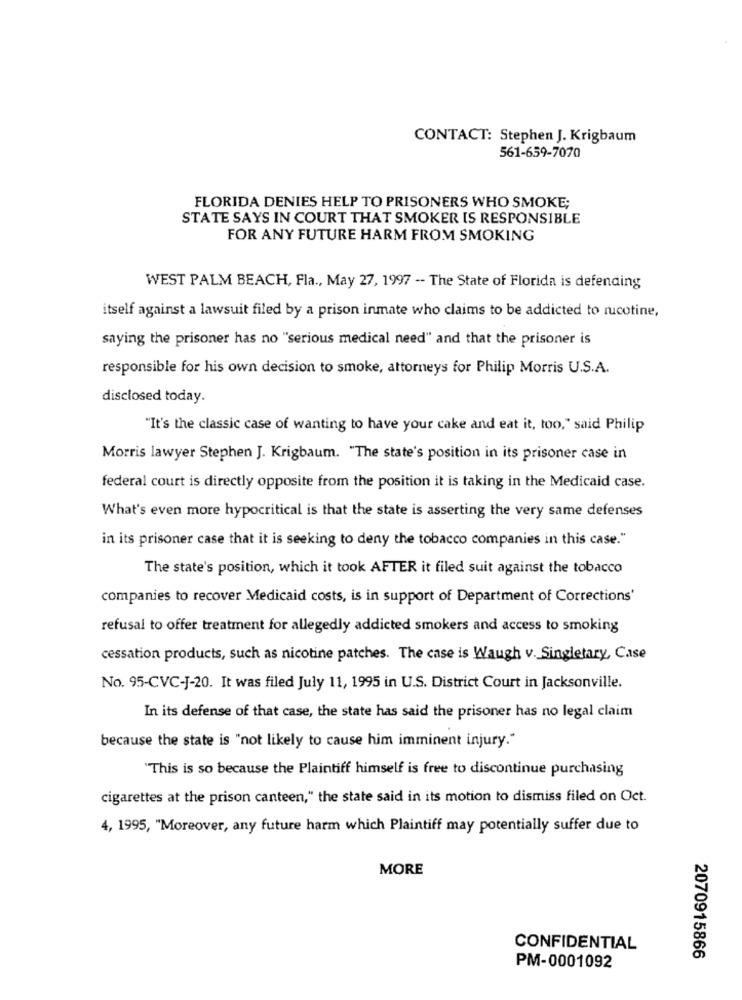
CONTACT: Stephen J. Krigbaum
561-659-7070
FLORIDA DENIES HELP TO PRISONERS WHO SMOKE;
STATE SAYS IN COURT THAT SMOKER IS RESPONSIBLE
FOR ANY FUTURE HARM FROM SMOKING
WEST PALM BEACH, Fla ., May 27, 1997 -- The State of Florida is defending
itself against a lawsuit filed by a prison inmate who claims to be addicted to rucotine,
saying the prisoner has no "serious medical need" and that the prisoner is
responsible for his own decision to smoke, attorneys for Philip Morris U.S.A.
disclosed today.
"It's the classic case of wanting to have your cake and eat it, too," said Philip
Morris lawyer Stephen J. Krigbaum. "The state's position in its prisoner case in
federal court is directly opposite from the position it is taking in the Medicaid case.
What's even more hypocritical is that the state is asserting the very same defenses
in its prisoner case that it is seeking to deny the tobacco companies in this case."
The state's position, which it took AFTER it filed suit against the tobacco
companies to recover Medicaid costs, is in support of Department of Corrections'
refusal to offer treatment for allegedly addicted smokers and access to smoking
cessation products, such as nicotine patches. The case is Waugh v. Singletary, Case
No. 95-CVC-J-20. It was filed July 11, 1995 in U.S. District Court in Jacksonville.
In its defense of that case, the state has said the prisoner has no legal claim
because the state is "not likely to cause him imminent injury."
"This is so because the Plaintiff himself is free to discontinue purchasing
cigarettes at the prison canteen," the state said in its motion to dismiss filed on Oct.
4, 1995, "Moreover, any future harm which Plaintiff may potentially suffer due to
MORE
CONFIDENTIAL
2070915866
PM-0001092